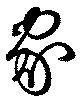
家